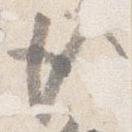
後